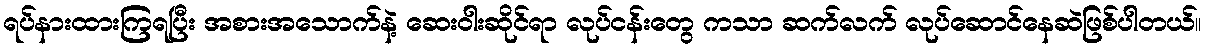
ရပ်နားထားကြရပြီး အစားအသောက်နဲ့ ဆေးဝါးဆိုင်ရာ လုပ်ငန်းတွေ ကသာ ဆက်လက် လုပ်ဆောင်နေဆဲဖြစ်ပါတယ်။